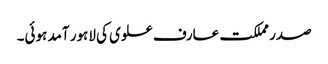
صدر مملکت عارف علوی کی لاہور آمد ہوئی۔